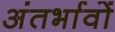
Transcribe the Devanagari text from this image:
अंतर्भावों